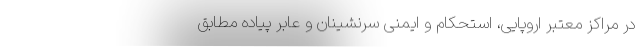
در مراکز معتبر اروپایی، استحکام و ایمنی سرنشینان و عابر پیاده مطابق